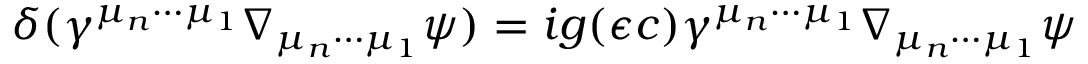
\delta ( \gamma ^ { \mu _ { n } \cdots \mu _ { 1 } } \nabla _ { \mu _ { n } \cdots \mu _ { 1 } } \psi ) = i g ( \epsilon c ) \gamma ^ { \mu _ { n } \cdots \mu _ { 1 } } \nabla _ { \mu _ { n } \cdots \mu _ { 1 } } \psi